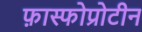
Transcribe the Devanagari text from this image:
फ़ास्फोप्रोटीन